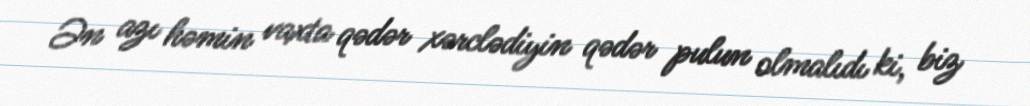
Ən azı həmin vaxta qədər xərclədiyin qədər pulun olmalıdı ki, biz